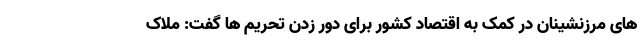
های مرزنشینان در کمک به اقتصاد کشور برای دور زدن تحریم ها گفت: ملاک